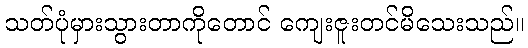
သတ်ပုံမှားသွားတာကိုတောင် ကျေးဇူးတင်မိသေးသည်။